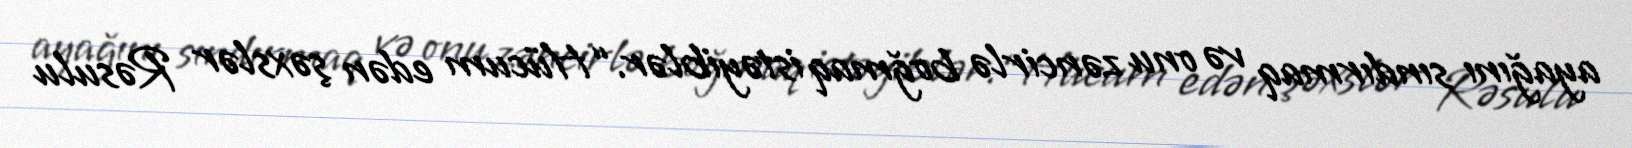
ayağını sındırmaq və onu zəncirlə boğmaq istəyiblər.“Hücum edən şəxslər Rəsulu